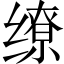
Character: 缭